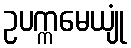
ဥပက္ကမေယျုံ